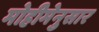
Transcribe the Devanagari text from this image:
मोहीमेनुसार